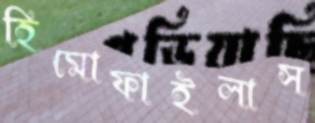
হিমোফাইলাস